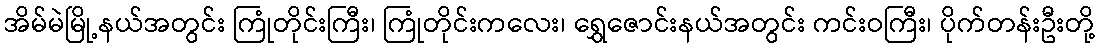
အိမ်မဲမြို့နယ်အတွင်း ကြုံတိုင်းကြီး၊ ကြုံတိုင်းကလေး၊ ရွှေဇောင်းနယ်အတွင်း ကင်းဝကြီး၊ ပိုက်တန်းဦးတို့